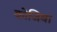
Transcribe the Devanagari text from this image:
कोजिबा